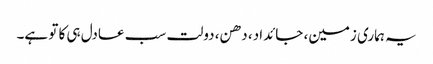
یہ ہماری زمین، جائداد، دھن، دولت سب عادل ہی کا تو ہے۔